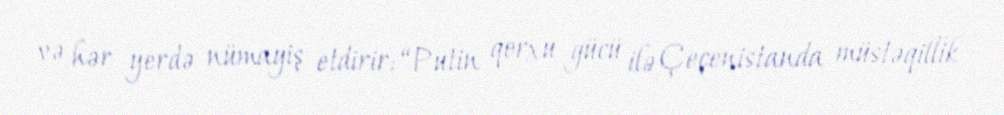
və hər yerdə nümayiş etdirir: “Putin qorxu gücü ilə Çeçenistanda müstəqillik